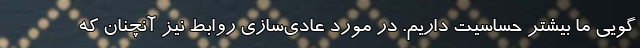
گويي ما بيشتر حساسيت داريم. در مورد عادي‌سازي روابط نيز آنچنان که